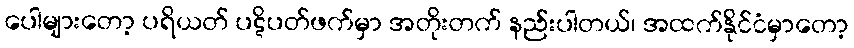
ပေါများတော့ ပရိယတ် ပဋိပတ်ဖက်မှာ အတိုးတက် နည်းပါတယ်၊ အထက်နိုင်ငံမှာတော့